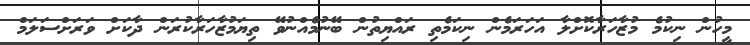
މީހުން ނިކުމެ މުޒާހަރާކޮށްލާ އަހަރަމެން ނިކަމެތި ރައްޔިތުން ބޭނުމެއްނުވޭ ތިޔަމުޒާހަރާކުރަން ދާކަށް ވަރަށްސަލަމް